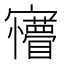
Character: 𡬆